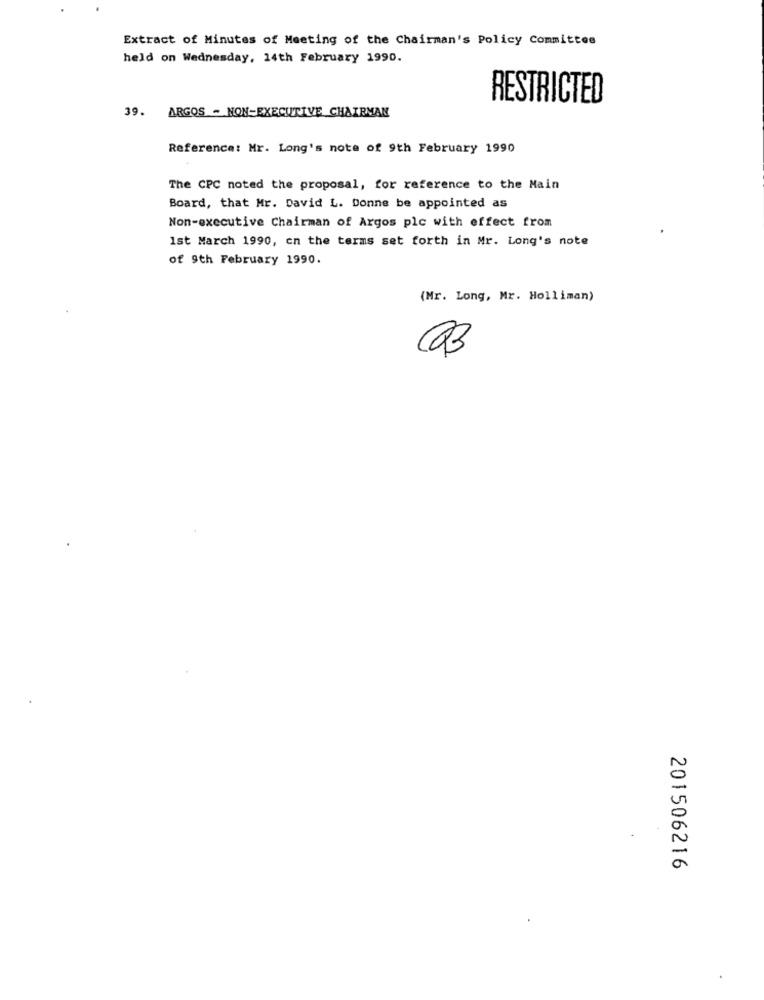
Extract of Minutes of Meeting of the Chairman's Policy Committee
held on Wednesday, 14th February 1990.
RESTRICTED
39. ARGOS - NON-EXECUTIVE CHAIRMAN
Reference: Mr. Long's note of 9th February 1990
The CPC noted the proposal, for reference to the Main
Board, that Mr. David L. Donne be appointed as
Non-executive Chairman of Argos plc with effect from
1st March 1990, cn the terms set forth in Mr. Long's note
of 9th February 1990.
(Mr. Long, Mr. Holliman)
Q3
201506216